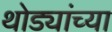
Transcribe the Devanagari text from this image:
थोड्यांच्या